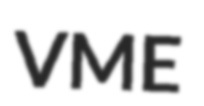
VME